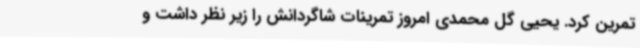
تمرین کرد. یحیی گل محمدی امروز تمرینات شاگردانش را زیر نظر داشت و